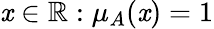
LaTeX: \mathit{x}\in\mathbb{{R}}:\mu_{A}(\mathit{x})=1